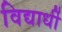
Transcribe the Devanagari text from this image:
विद्यार्धी